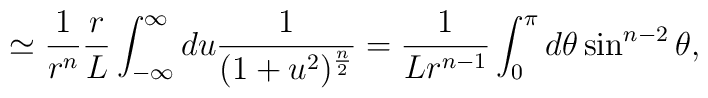
\simeq{1\over r^n} {r\over L}\int_{-\infty}^\infty du {1\over (1+u^2)^{n\over 2}}={1\over L r^{n-1}} \int_0^\pi d\theta \sin^{n-2}\theta,